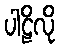
ပါဠိလို